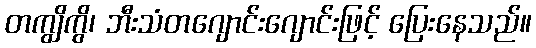
တကျွိကွိ၊ ဘီးသံတဂျောင်းဂျောင်းဖြင့် ပြေးနေသည်။